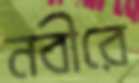
নবীরে